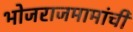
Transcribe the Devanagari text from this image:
भोजराजमामांची